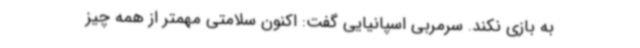
به بازی نکند. سرمربی اسپانیایی گفت: اکنون سلامتی مهمتر از همه چیز